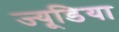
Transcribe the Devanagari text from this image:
ज्यूडिया